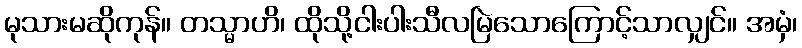
မုသားမဆိုကုန်။ တသ္မာဟိ၊ ထိုသို့ငါးပါးသီလမြဲသောကြောင့်သာလျှင်။ အမှံ၊